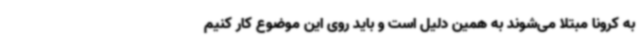
به کرونا مبتلا می‌شوند به همین دلیل است و باید روی این موضوع کار کنیم